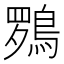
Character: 𮬽